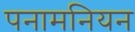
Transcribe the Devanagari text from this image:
पनामनियन